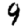
Digit: 9